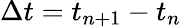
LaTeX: \Delta t=t_{n+1}-t_{n}